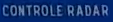
CONTROLE RADAR